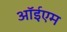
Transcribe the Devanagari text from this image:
ऑईएम